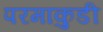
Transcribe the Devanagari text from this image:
परमाकुडी